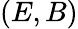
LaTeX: (E,B)